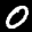
Label: 0